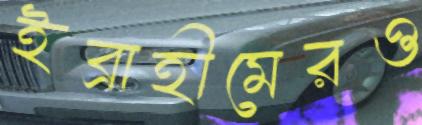
ইব্রাহীমেরও